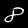
Digit: 8